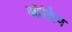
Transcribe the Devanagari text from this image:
आँद्रिय